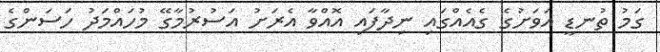
ގަމު ތުނޑީ އަވަށުގެ ގެއެއްގައި ނިދާފައި އޮއްވާ އެރަށު އަސުރުމާގޭ މުހައްމަދު ހަސަންގެ